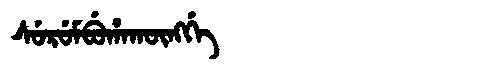
Manchu: ᠰᡠᡵᡠᠮᠪᡠᡥᠠᡴᡡᠩᡤᡝ
Romanization: SURUMBUHAKŪNGGE